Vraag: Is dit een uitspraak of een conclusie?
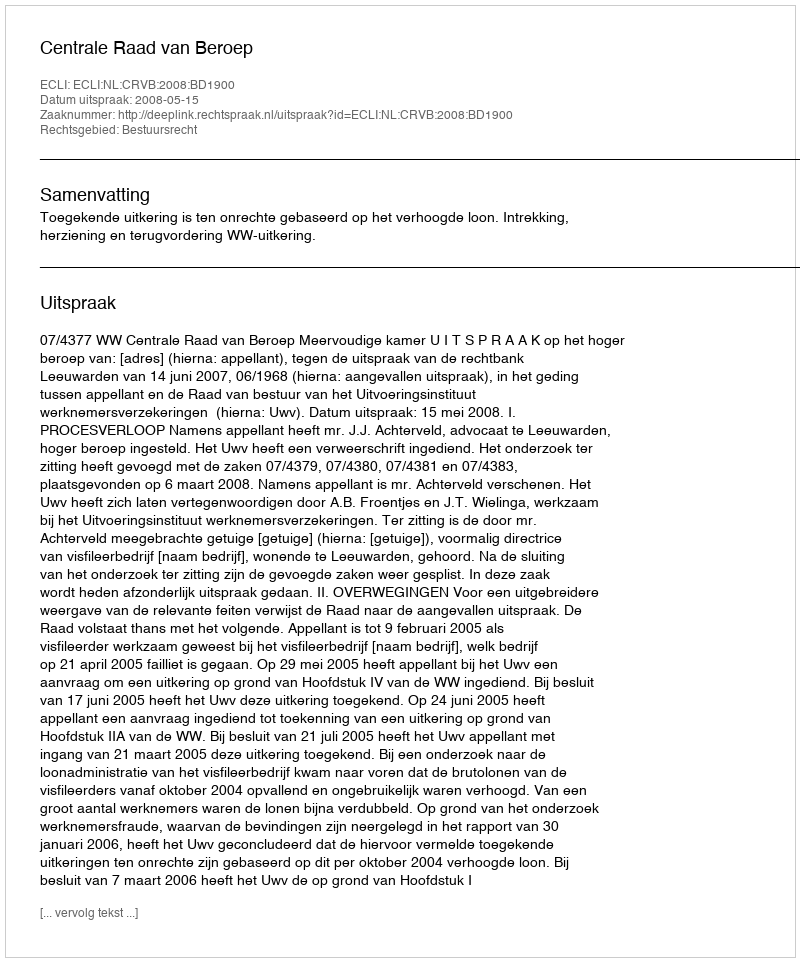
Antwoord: Uitspraak